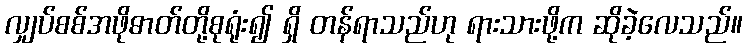
လျှပ်စစ်အဖိုဓာတ်တို့စုရုံး၍ ရှိ တန်ရာသည်ဟု ရားသားဖို့က ဆိုခဲ့လေသည်။